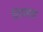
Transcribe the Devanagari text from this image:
रिदाच्या